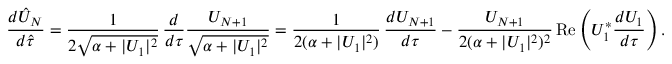
\frac { d \hat { U } _ { N } } { d \hat { \tau } } = \frac { 1 } { 2 \sqrt { \alpha + | U _ { 1 } | ^ { 2 } } } \, \frac { d } { d \tau } \frac { U _ { N + 1 } } { \sqrt { \alpha + | U _ { 1 } | ^ { 2 } } } = \frac { 1 } { 2 ( \alpha + | U _ { 1 } | ^ { 2 } ) } \, \frac { d U _ { N + 1 } } { d \tau } - \frac { U _ { N + 1 } } { 2 ( \alpha + | U _ { 1 } | ^ { 2 } ) ^ { 2 } } \, \mathrm { R e } \left( U _ { 1 } ^ { * } \frac { d U _ { 1 } } { d \tau } \right) .